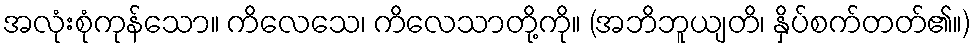
အလုံးစုံကုန်သော။ ကိလေသေ၊ ကိလေသာတို့ကို။ (အဘိဘူယျတိ၊ နှိပ်စက်တတ်၏။)